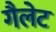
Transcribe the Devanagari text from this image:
गैलेट